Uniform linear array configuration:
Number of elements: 24
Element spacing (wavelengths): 0.5
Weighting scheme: blackman
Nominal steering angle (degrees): -60
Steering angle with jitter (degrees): -61.509
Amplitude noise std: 0.05
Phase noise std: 0.05

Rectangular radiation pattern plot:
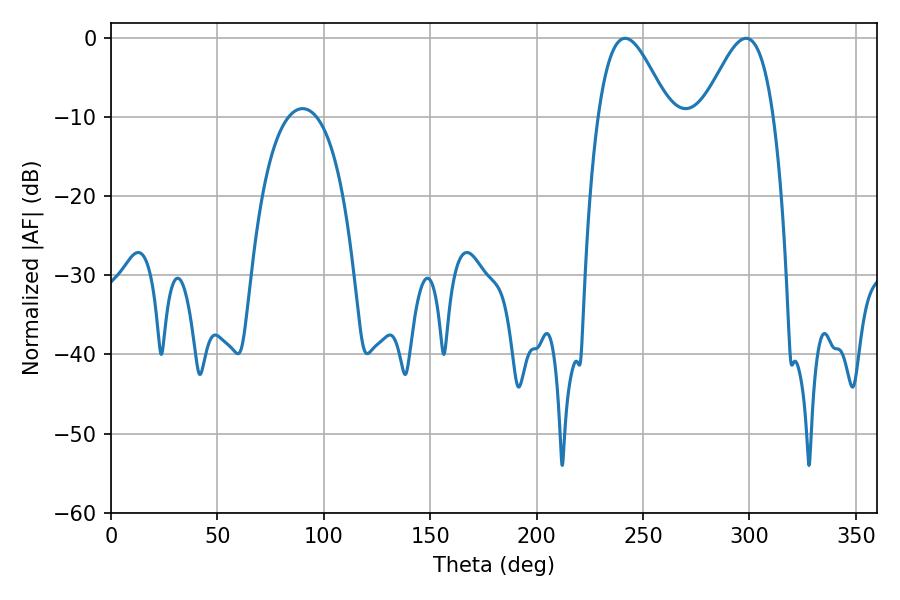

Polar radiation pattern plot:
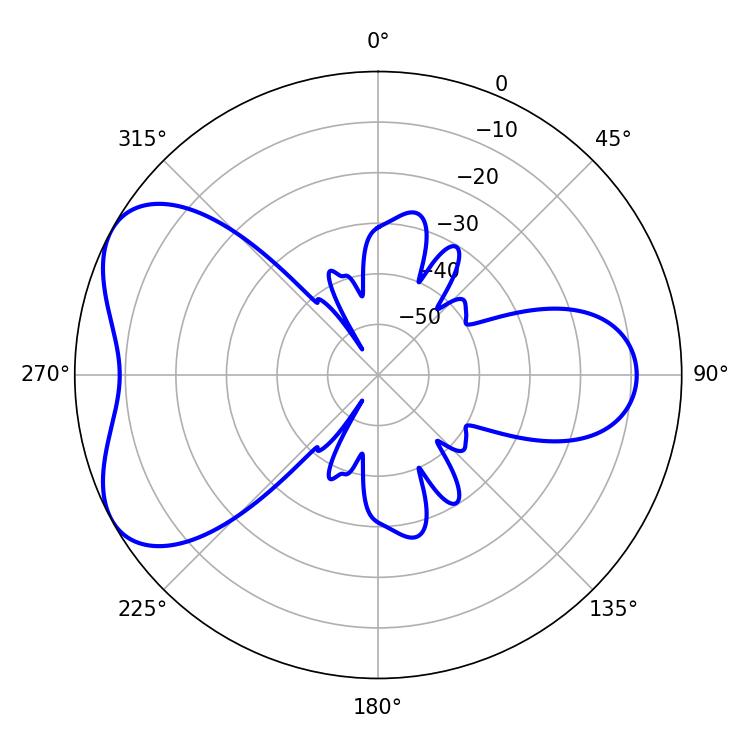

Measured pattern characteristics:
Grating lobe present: FALSE
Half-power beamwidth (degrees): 17.82
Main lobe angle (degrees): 241.56